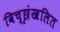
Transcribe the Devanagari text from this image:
विच्छृंखलित